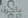
باجراء